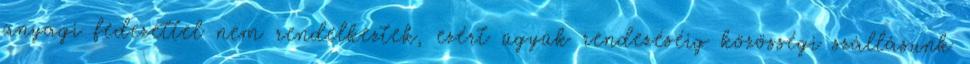
anyagi fedezettel nem rendelkeztek, ezért ügyük rendezéséig közösségi szállásunk